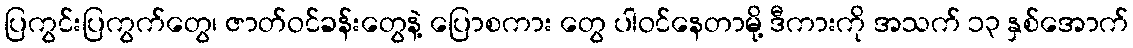
ပြကွင်းပြကွက်တွေ၊ ဇာတ်ဝင်ခန်းတွေနဲ့ ပြောစကား တွေ ပါဝင်နေတာမို့ ဒီကားကို အသက် ၁၃ နှစ်အောက်